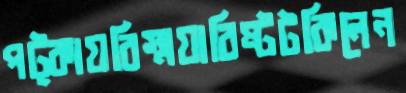
পট্‌কায়বিস্ময়াবিষ্টটকিলেন